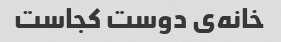
خانه‌ی دوست کجاست